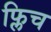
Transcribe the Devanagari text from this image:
फ्लिच